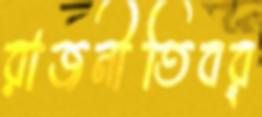
রাজনীতিবর্